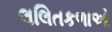
લલિતકળાઓ